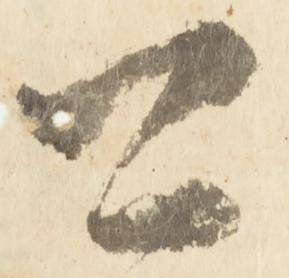
可